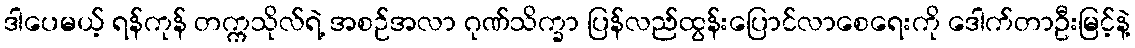
ဒါပေမယ့် ရန်ကုန် တက္ကသိုလ်ရဲ့ အစဉ်အလာ ဂုဏ်သိက္ခာ ပြန်လည်ထွန်းပြောင်လာစေရေးကို ဒေါက်တာဦးမြင့်နဲ့